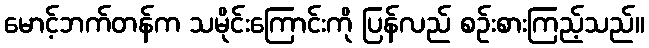
မောင့်ဘက်တန်က သမိုင်းကြောင်းကို ပြန်လည် စဉ်းစားကြည့်သည်။